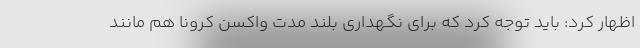
اظهار کرد: باید توجه کرد که برای نگهداری بلند مدت واکسن کرونا هم مانند